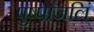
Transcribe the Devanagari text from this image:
पुष्पांजलिं